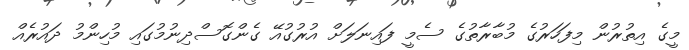
މީގެ އިތުރުން މިފަހަރުގެ މުބާރާތުގެ ސެމީ ފައިނަލަށް އުރުގުއޭ ގެންގޮސްދިނުމުގައި މުހިންމު ދައުރެއް